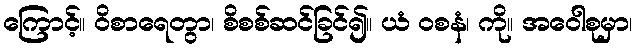
ကြောင့်။ ဝိစာရေတွာ၊ စိစစ်ဆင်ခြင်၍။ ယံ ဝစနံ၊ ကို။ အဝေါစုမှာ၊